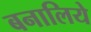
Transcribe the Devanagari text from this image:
बनालिये